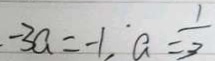
- 3 a = - 1 , a = \frac { 1 } { 3 }